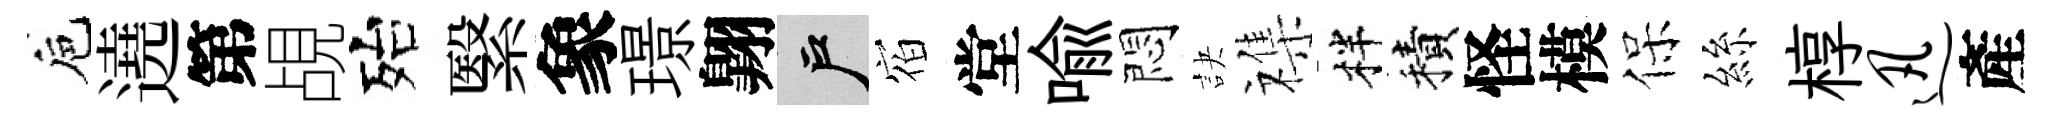
巵遶第覘殆繄象璟翺户𪧐堂喩悶訣襍柈積怪模保絲椁迅產